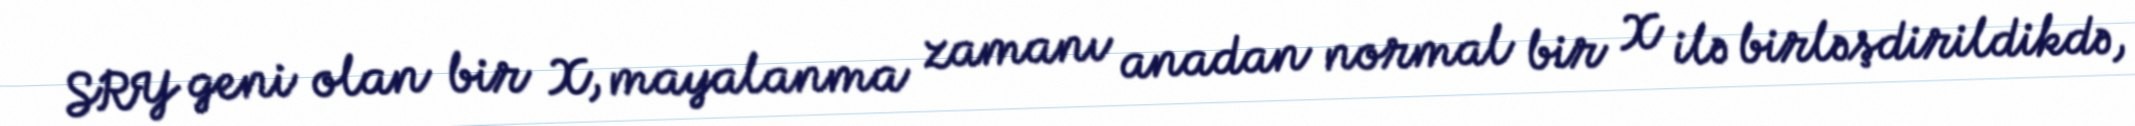
SRY geni olan bir X, mayalanma zamanı anadan normal bir X ilə birləşdirildikdə,